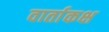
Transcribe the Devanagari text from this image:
वार्ताकक्ष